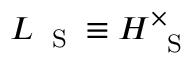
{ \cal L } _ { \mathrm { ~ \tiny ~ S ~ } } \equiv H _ { \mathrm { ~ \tiny ~ S ~ } } ^ { \times }